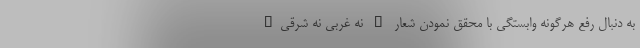
به دنبال رفع هرگونه وابستگی با محقق نمودن شعار " نه غربی نه شرقی"